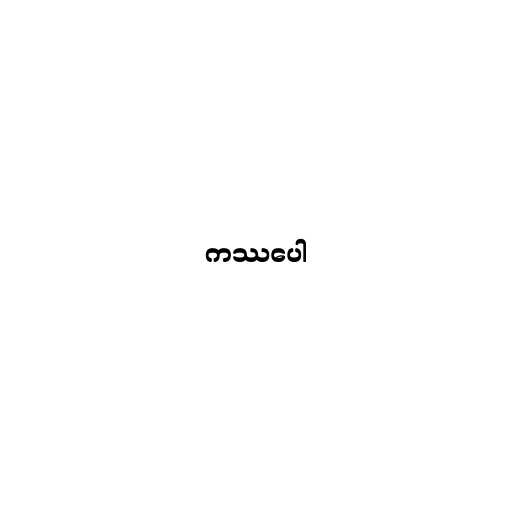
ကဿပေါ